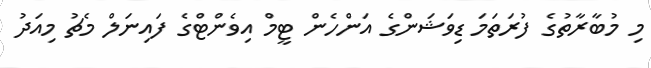
މި މުބާރާތުގެ ފުރަތަމަ ޑިވަޝަންގެ އަންހެން ޓީމް އިވެންޓްގެ ފައިނަލް މެޗު މިއަދު